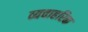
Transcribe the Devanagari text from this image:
व्यवाहरिक